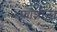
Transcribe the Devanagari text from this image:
फाशीला